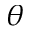
\theta